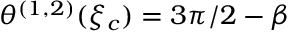
\theta ^ { ( 1 , 2 ) } ( \xi _ { c } ) = 3 \pi / 2 - \beta